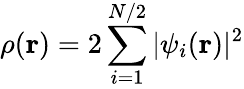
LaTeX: \rho(\mathbf r)=2\sum_{i=1}^{N/2}|\psi_{i}(\mathbf r)|^{2}